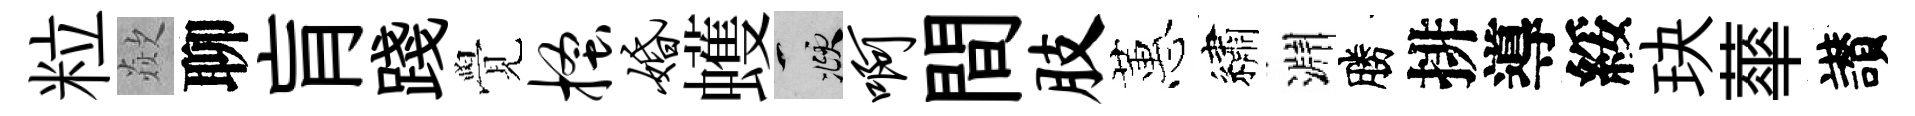
粒歘聊肓踐覺搔婚蠖頫啊間肢蕙繡淵勝排導綏玦蕐讃